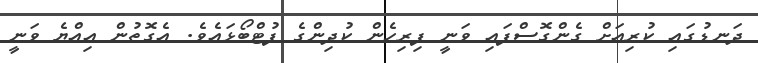
ދަނޑުގައި ކުރިއަށް ގެންގޮސްފައި ވަނީ ފިރިހެން ކުދިންގެ ފުޓްބޯޅައެވެ. އެގޮތުން އިއްޔެ ވަނީ